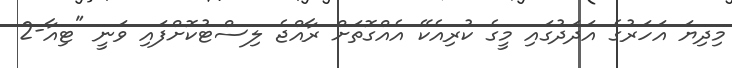
މިދިޔަ އަހަރުގެ އަދަދުގައި މީގެ ކުރިއެކޭ އެއްގޮތަށް ރާއްޖެ ލިސްޓުކޮށްފައި ވަނީ "ޓިއާ-2